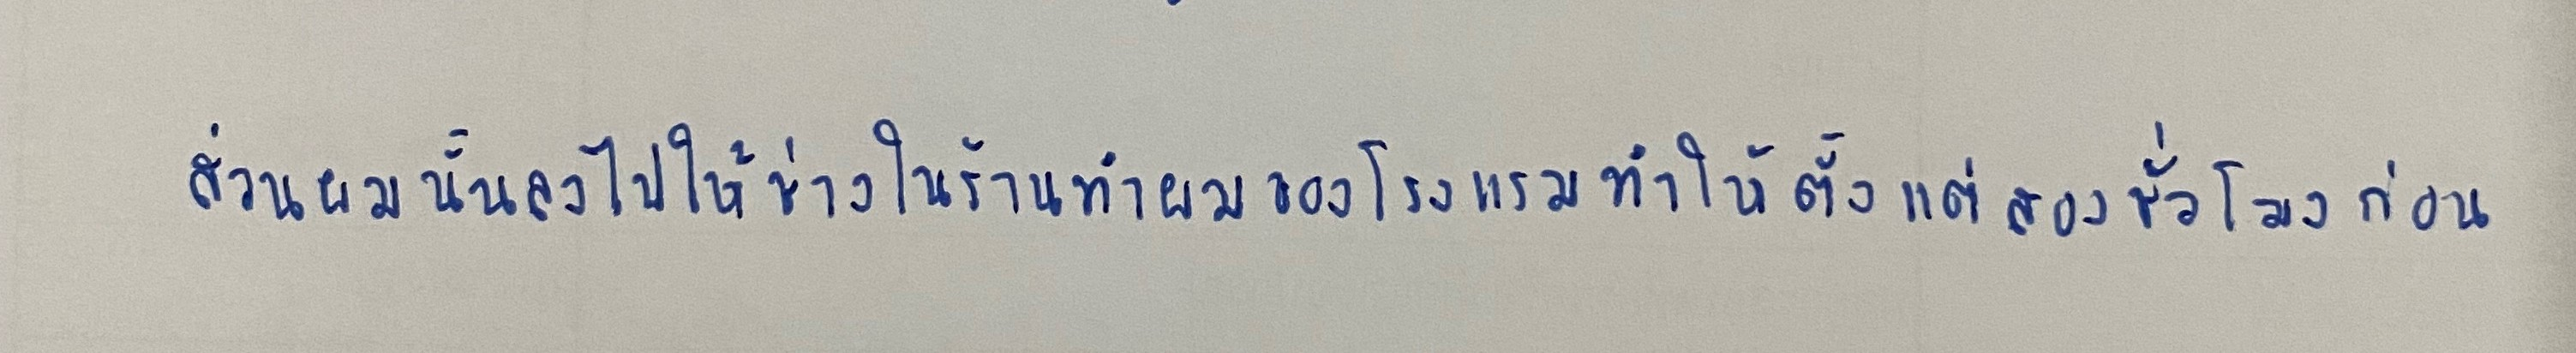
ส่วนผมนั้นลงไปให้ช่างในร้านทำผมของโรงแรมทำให้ตั้งแต่สองชั่วโมงก่อน